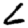
Digit: 6